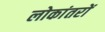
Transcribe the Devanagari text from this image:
लोकांतरों